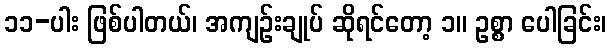
၁၁-ပါး ဖြစ်ပါတယ်၊ အကျဉ်းချုပ် ဆိုရင်တော့ ၁။ ဥစ္စာ ပေါခြင်း၊